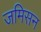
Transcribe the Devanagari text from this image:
जमिसन